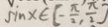
\sin x \in [ - \frac { \pi } { 2 } , \frac { \pi } { 2 } ]